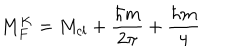
LaTeX: M _ { F } ^ { K } = M _ { c l } + \frac { \hbar m } { 2 \pi } + \frac { \hbar m } { 4 }